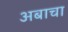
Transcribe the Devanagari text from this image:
अबाचा